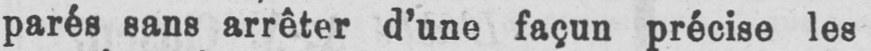
parés sans arrêter d’une façun précise les